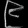
Digit: ၉